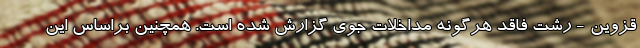
قزوین - رشت فاقد هرگونه مداخلات جوی گزارش شده است. همچنین براساس این